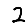
Digit: 2